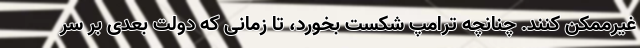
غیرممکن کنند. چنانچه ترامپ شکست بخورد، تا زمانی که دولت بعدی بر سر